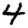
Digit: 4